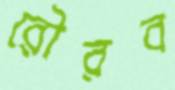
রৌরব